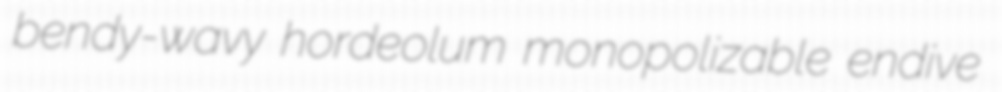
bendy-wavy hordeolum monopolizable endive